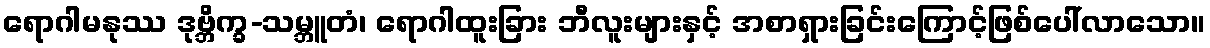
ရောဂါမနုဿ ဒုဗ္ဘိက္ခ-သမ္ဘူတံ၊ ရောဂါထူးခြား ဘီလူးများနှင့် အစာရှားခြင်းကြောင့်ဖြစ်ပေါ်လာသော။